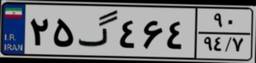
۳۲گ۰۸۹۵۸